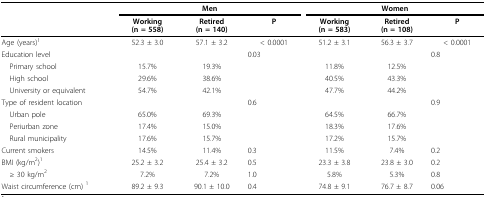
<table><thead><tr><td></td><td colspan="3"><b>Men</b></td><td colspan="3"><b>Women</b></td></tr><tr><td></td><td><b>Working(n = 558)</b></td><td><b>Retired(n = 140)</b></td><td><b>P</b></td><td><b>Working(n = 583)</b></td><td><b>Retired(n = 108)</b></td><td><b>P</b></td></tr></thead><tbody><tr><td>Age (years)<sup>1</sup></td><td>52.3 ± 3.0</td><td>57.1 ± 3.2</td><td>&lt; 0.0001</td><td>51.2 ± 3.1</td><td>56.3 ± 3.7</td><td>&lt; 0.0001</td></tr><tr><td>Education level</td><td></td><td></td><td>0.03</td><td></td><td></td><td>0.8</td></tr><tr><td> Primary school</td><td>15.7%</td><td>19.3%</td><td></td><td>11.8%</td><td>12.5%</td><td></td></tr><tr><td> High school</td><td>29.6%</td><td>38.6%</td><td></td><td>40.5%</td><td>43.3%</td><td></td></tr><tr><td> University or equivalent</td><td>54.7%</td><td>42.1%</td><td></td><td>47.7%</td><td>44.2%</td><td></td></tr><tr><td>Type of resident location</td><td></td><td></td><td>0.6</td><td></td><td></td><td>0.9</td></tr><tr><td> Urban pole</td><td>65.0%</td><td>69.3%</td><td></td><td>64.5%</td><td>66.7%</td><td></td></tr><tr><td> Periurban zone</td><td>17.4%</td><td>15.0%</td><td></td><td>18.3%</td><td>17.6%</td><td></td></tr><tr><td> Rural municipality</td><td>17.6%</td><td>15.7%</td><td></td><td>17.2%</td><td>15.7%</td><td></td></tr><tr><td>Current smokers</td><td>14.5%</td><td>11.4%</td><td>0.3</td><td>11.5%</td><td>7.4%</td><td>0.2</td></tr><tr><td>BMI (kg/m<sup>2</sup>)<sup>1</sup></td><td>25.2 ± 3.2</td><td>25.4 ± 3.2</td><td>0.5</td><td>23.3 ± 3.8</td><td>23.8 ± 3.0</td><td>0.2</td></tr><tr><td> ≥ 30 kg/m<sup>2</sup></td><td>7.2%</td><td>7.2%</td><td>1.0</td><td>5.8%</td><td>5.3%</td><td>0.8</td></tr><tr><td>Waist circumference (cm) <sup>1</sup></td><td>89.2 ± 9.3</td><td>90.1 ± 10.0</td><td>0.4</td><td>74.8 ± 9.1</td><td>76.7 ± 8.7</td><td>0.06</td></tr></tbody></table>